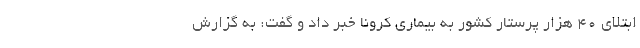
ابتلای ۴۰ هزار پرستار کشور به بیماری کرونا خبر داد و گفت: به گزارش